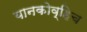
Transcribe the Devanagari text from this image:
यानकोव्हिच